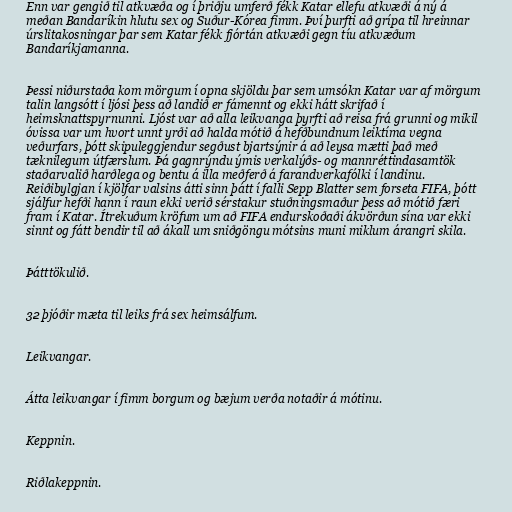
Enn var gengið til atkvæða og í þriðju umferð fékk Katar ellefu atkvæði á ný á
meðan Bandaríkin hlutu sex og Suður-Kórea fimm. Því þurfti að grípa til hreinnar
úrslitakosningar þar sem Katar fékk fjórtán atkvæði gegn tíu atkvæðum
Bandaríkjamanna.

Þessi niðurstaða kom mörgum í opna skjöldu þar sem umsókn Katar var af mörgum
talin langsótt í ljósi þess að landið er fámennt og ekki hátt skrifað í
heimsknattspyrnunni. Ljóst var að alla leikvanga þyrfti að reisa frá grunni og mikil
óvissa var um hvort unnt yrði að halda mótið á hefðbundnum leiktíma vegna
veðurfars, þótt skipuleggjendur segðust bjartsýnir á að leysa mætti það með
tæknilegum útfærslum. Þá gagnrýndu ýmis verkalýðs- og mannréttindasamtök
staðarvalið harðlega og bentu á illa meðferð á farandverkafólki í landinu.
Reiðibylgjan í kjölfar valsins átti sinn þátt í falli Sepp Blatter sem forseta FIFA, þótt
sjálfur hefði hann í raun ekki verið sérstakur stuðningsmaður þess að mótið færi
fram í Katar. Ítrekuðum kröfum um að FIFA endurskoðaði ákvörðun sína var ekki
sinnt og fátt bendir til að ákall um sniðgöngu mótsins muni miklum árangri skila.

Þátttökulið.

32 þjóðir mæta til leiks frá sex heimsálfum.

Leikvangar.

Átta leikvangar í fimm borgum og bæjum verða notaðir á mótinu.

Keppnin.

Riðlakeppnin.